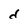
Character: d